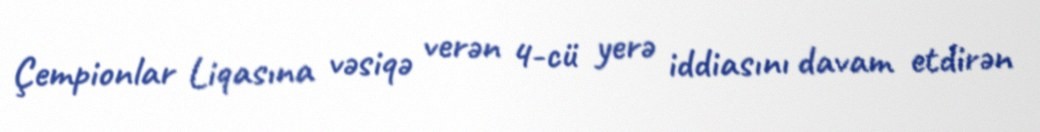
Çempionlar Liqasına vəsiqə verən 4-cü yerə iddiasını davam etdirən